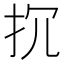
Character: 𢪚